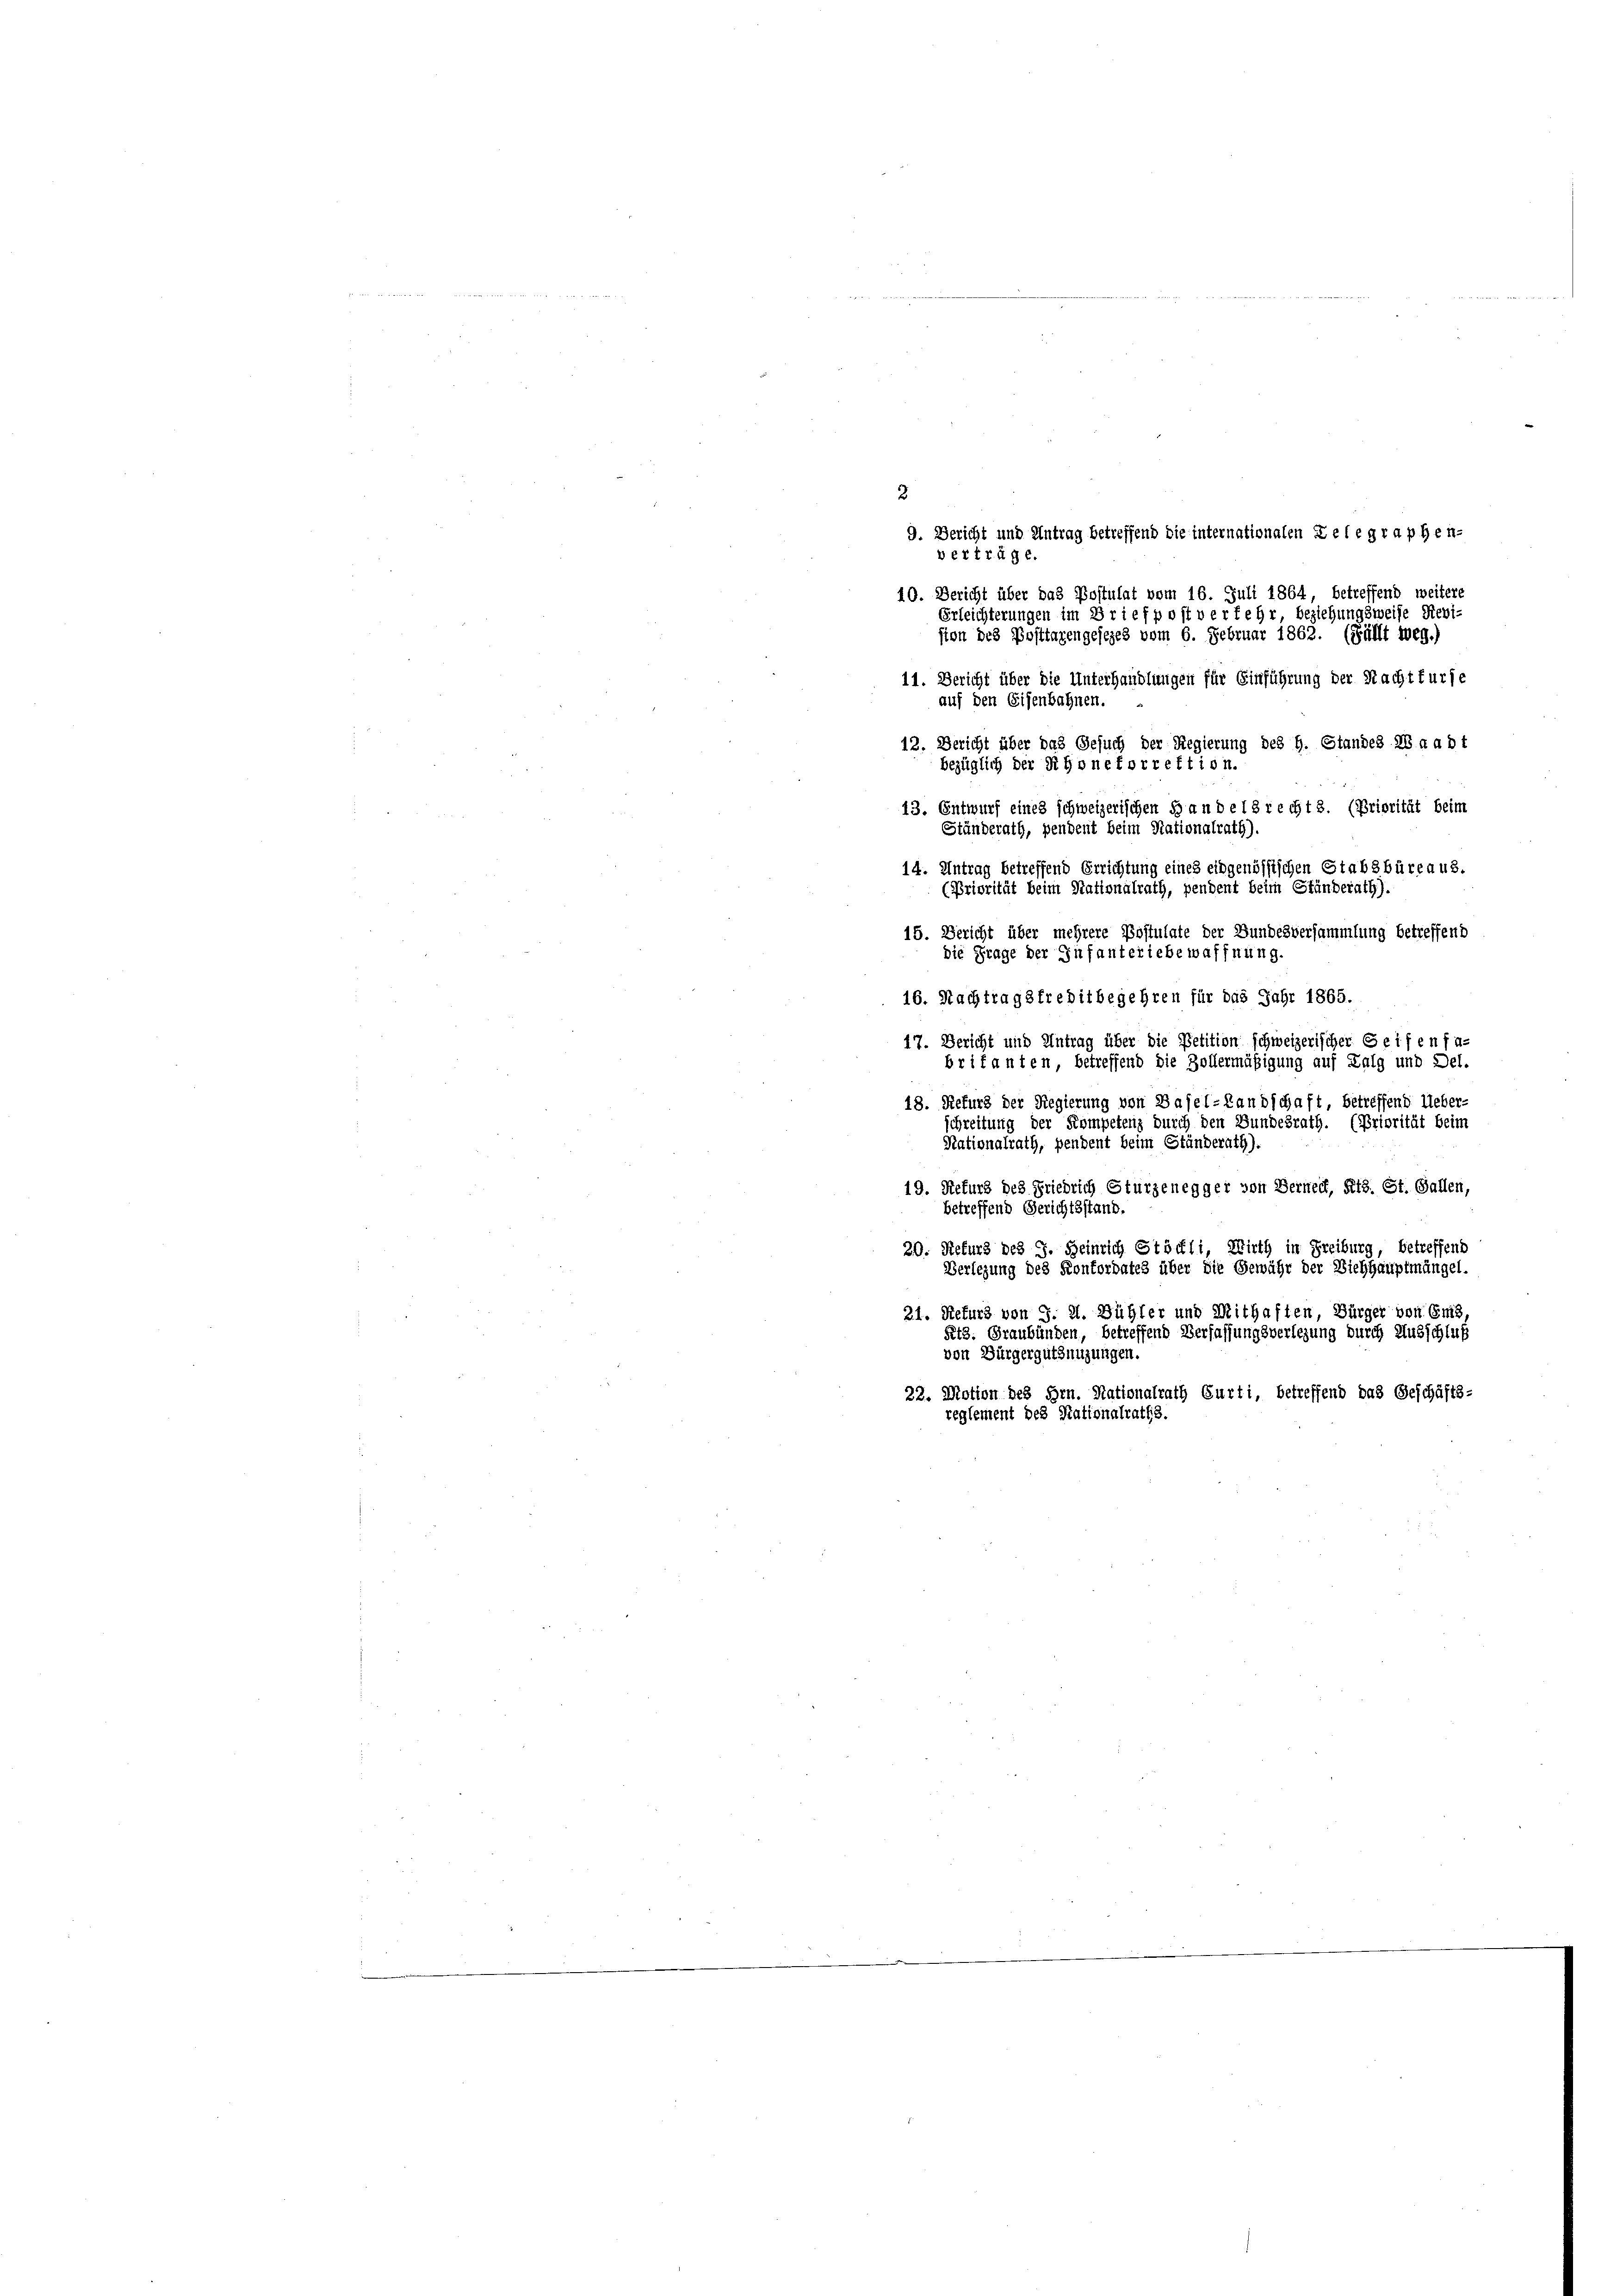
2
9. Bericht und Antrag betreffend die internationalen Gelegraphen-
vertrüge.
40. Bericht über das Postulat vom 16. Juli 1864, betreffend weitere
rleichterungen im Briefpost verfehr, beziehungsweise Revi-
sion des Posttagengesezes vom 6. Februar 1862. (Füllt weg.)
11. Bericht über die Unterhandlungen für Einführung der Nacht furse
auf den Eisenbahnen.
12. Bericht über das Gesuch der Regierung des H. Standes Waadt
bezüglich der Rhonetorrektion.
13. Entwurf eines schweizerischen Bau de 18 recht 3. (Priorität beim
N 22
Ständerath, pendent beim Nationalrath).
14. Antrag betreffend Errichtung eines eidgenössischen Stabsbüreaus.
(Priorität beim Stationalrath, pendent beim Ständerath).
15. Gericht über mehrere Postulate der Bundesversammlung betreffend
die Frage der Infanteriebewaffnung.
16. Nachtragsfreditbegehren für das Jahr 1865.
17. Bericht und Antrag über die Petition schweizerischer Seifen fa-
britanten, betreffend die Zollermäßigung auf Lalg und Del-
18. Refurs der Regierung von Basel-Landschaft, betreffend Ueber-
schreitung der Kompetenz durch den Bundesrath. (Priorität beim
Rationalrath, pendent beim Ständerath).
19. Refurs des Friedrich Sturzenegger von Berneck, Kts. St. Gallen,
betreffend Gerichtsstand.
20. Refurg des J. Heinrich Stöckli, Wirth in Freiburg, betreffend
Verlegung des Kontordates über die Gewähr der Viehhauptmängel.
21. Nefurs von S. 21. Bühler und Mithaften, Bürger von Ems.
Rth. Graubünden, betreffend Verfassungsverlegung durch Ausschluß
von Bürgergutzungungen.
22. Motion des Hrn. Nationalrath Gurti, betreffend das Geschäfts-
reglement des Stationalraths.